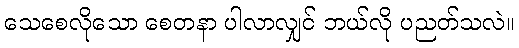
သေစေလိုသော စေတနာ ပါလာလျှင် ဘယ်လို ပညတ်သလဲ။